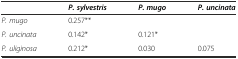
<table><thead><tr><td></td><td><b><i>P. sylvestris</i></b></td><td><b><i>P. mugo</i></b></td><td><b><i>P. uncinata</i></b></td></tr></thead><tbody><tr><td><i>P. mugo</i></td><td>0.257**</td><td></td><td></td></tr><tr><td><i>P. uncinata</i></td><td>0.142*</td><td>0.121*</td><td></td></tr><tr><td><i>P. uliginosa</i></td><td>0.212*</td><td>0.030</td><td>0.075</td></tr></tbody></table>